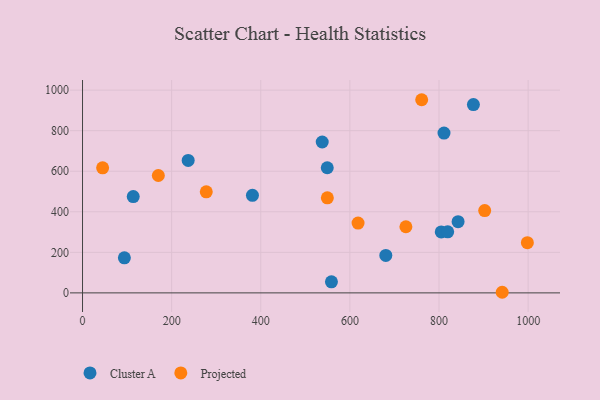
{"axis": {"x": "Ad Spend", "y": "Sales"}, "legend": ["Cluster A", "Projected"], "data": [{"x": "381.3", "y": 481.0, "type": "Cluster A"}, {"x": "237.1", "y": 653.3, "type": "Cluster A"}, {"x": "805.0", "y": 300.5, "type": "Cluster A"}, {"x": "549.2", "y": 617.1, "type": "Cluster A"}, {"x": "680.6", "y": 184.6, "type": "Cluster A"}, {"x": "877.2", "y": 928.6, "type": "Cluster A"}, {"x": "113.8", "y": 474.9, "type": "Cluster A"}, {"x": "811.2", "y": 788.1, "type": "Cluster A"}, {"x": "819.5", "y": 301.3, "type": "Cluster A"}, {"x": "558.6", "y": 54.6, "type": "Cluster A"}, {"x": "537.9", "y": 744.2, "type": "Cluster A"}, {"x": "93.9", "y": 172.8, "type": "Cluster A"}, {"x": "842.8", "y": 351.0, "type": "Cluster A"}, {"x": "761.1", "y": 952.7, "type": "Projected"}, {"x": "277.7", "y": 498.2, "type": "Projected"}, {"x": "725.7", "y": 326.3, "type": "Projected"}, {"x": "45.1", "y": 617.0, "type": "Projected"}, {"x": "998.3", "y": 247.8, "type": "Projected"}, {"x": "902.5", "y": 405.9, "type": "Projected"}, {"x": "170.1", "y": 579.0, "type": "Projected"}, {"x": "618.3", "y": 344.3, "type": "Projected"}, {"x": "549.4", "y": 468.7, "type": "Projected"}, {"x": "941.8", "y": 3.0, "type": "Projected"}]}